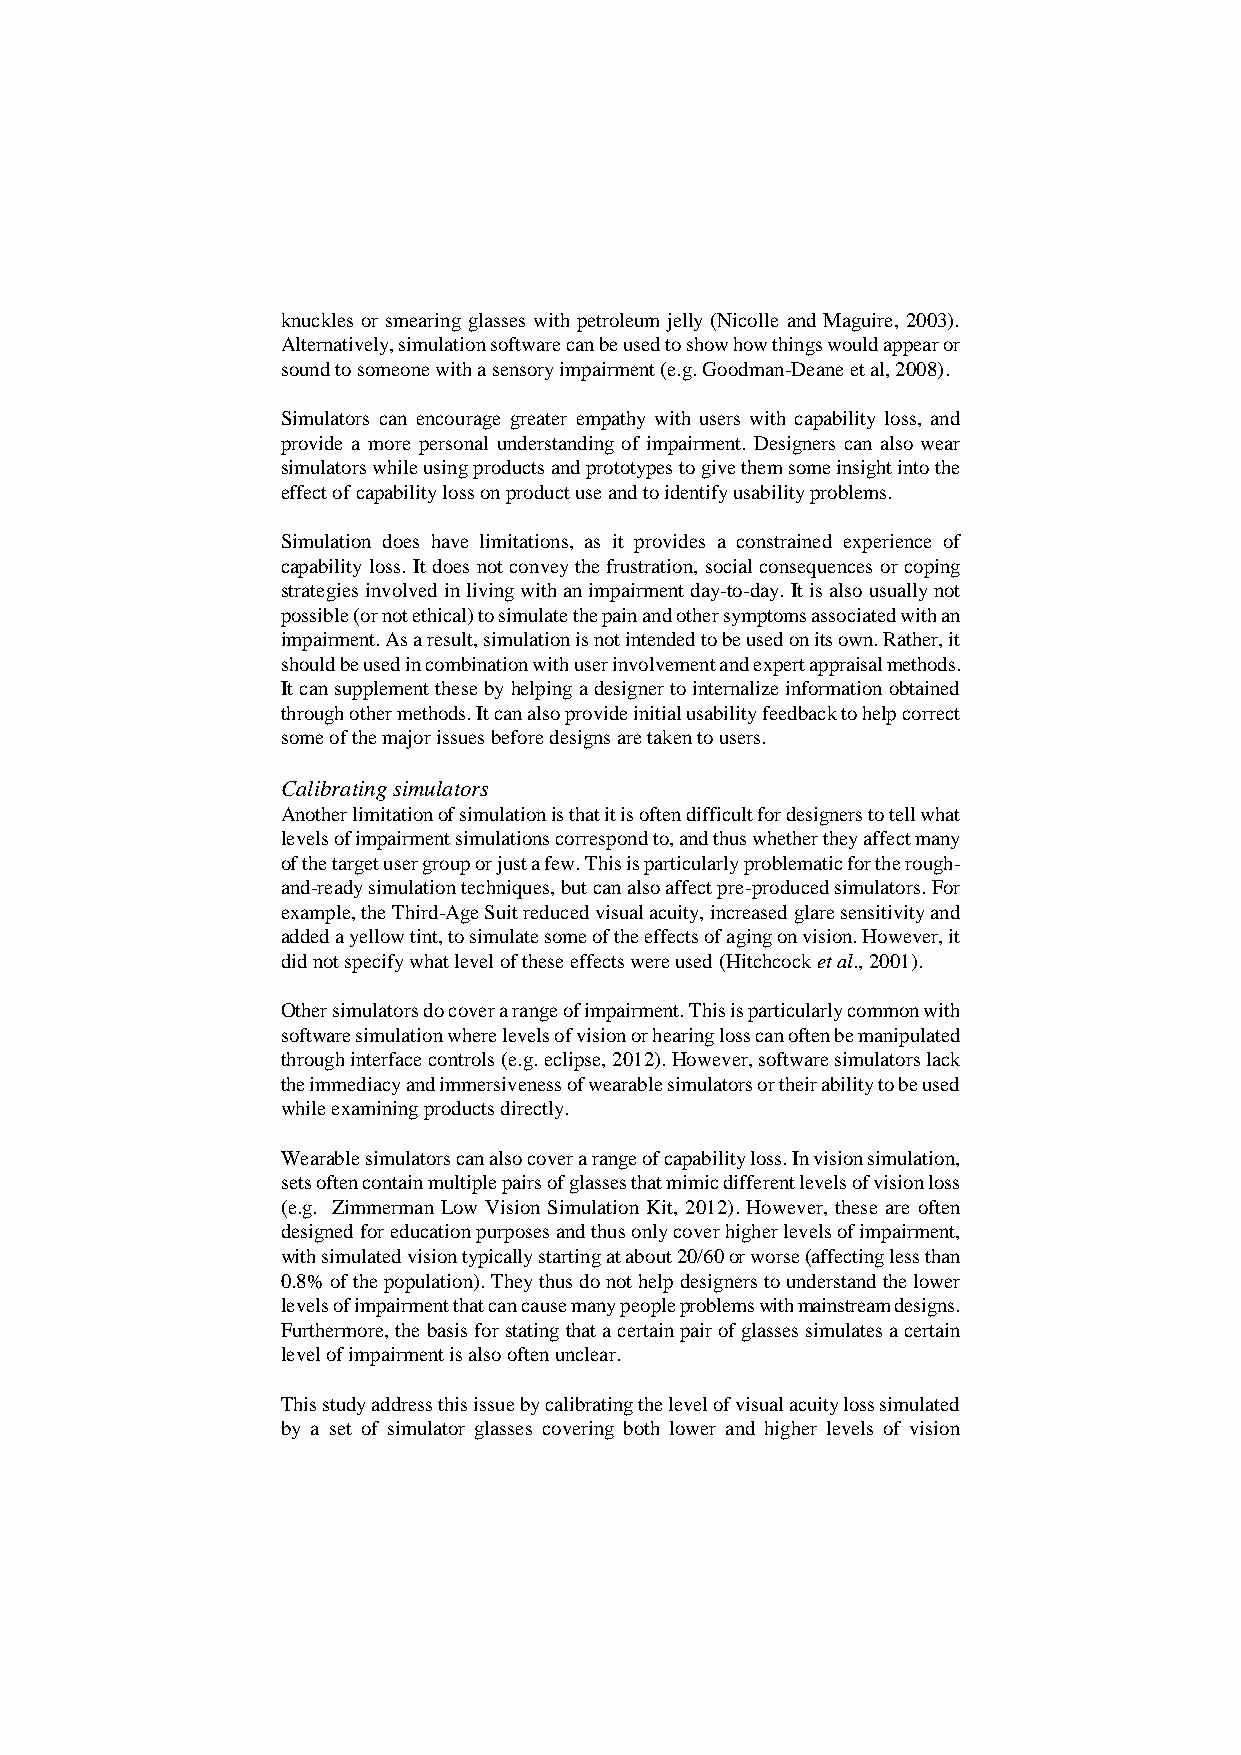
knuckles or smearing glasses with petroleum jelly (Nicolle and Maguire, 2003).
 Alternatively, simulation software can be used to show how things would appear or
 sound to someone with a sensory impairment (e.g. Goodman-Deane et al, 2008).
 Simulators can encourage greater empathy with users with capability loss, and
 provide a more personal understanding of impairment. Designers can also wear
 simulators while using products and prototypes to give them some insight into the
 effect of capability loss on product use and to identify usability problems.
 Simulation does have limitations, as it provides a constrained experience of
 capability loss. It does not convey the frustration, social consequences or coping
 strategies involved in living with an impairment day-to-day. It is also usually not
 possible (or not ethical) to simulate the pain and other symptoms associated with an
 impairment. As a result, simulation is not intended to be used on its own. Rather, it
 should be used in combination with user involvement and expert appraisal methods.
 It can supplement these by helping a designer to internalize information obtained
 through other methods. It can also provide initial usability feedback to help correct
 some of the major issues before designs are taken to users.
 Calibrating simulators
 Another limitation of simulation is that it is often difficult for designers to tell what
 levels of impairment simulations correspond to, and thus whether they affect many
 of the target user group or just a few. This is particularly problematic for the rough-
 and-ready simulation techniques, but can also affect pre-produced simulators. For
 example, the Third-Age Suit reduced visual acuity, increased glare sensitivity and
 added a yellow tint, to simulate some of the effects of aging on vision. However, it
 did not specify what level of these effects were used (Hitchcock et al., 2001).
 Other simulators do cover a range of impairment. This is particularly common with
 software simulation where levels of vision or hearing loss can often be manipulated
 through interface controls (e.g. eclipse, 2012). However, software simulators lack
 the immediacy and immersiveness of wearable simulators or their ability to be used
 while examining products directly.
 Wearable simulators can also cover a range of capability loss. In vision simulation,
 sets often contain multiple pairs of glasses that mimic different levels of vision loss
 (e.g. Zimmerman Low Vision Simulation Kit, 2012). However, these are often
 designed for education purposes and thus only cover higher levels of impairment,
 with simulated vision typically starting at about 20/60 or worse (affecting less than
 0.8% of the population). They thus do not help designers to understand the lower
 levels of impairment that can cause many people problems with mainstream designs.
 Furthermore, the basis for stating that a certain pair of glasses simulates a certain
 level of impairment is also often unclear.
 This study address this issue by calibrating the level of visual acuity loss simulated
 by a set of simulator glasses covering both lower and higher levels of vision